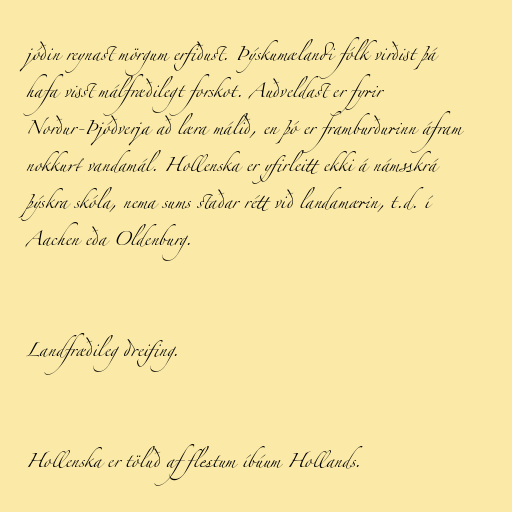
jóðin reynast mörgum erfiðust. Þýskumælandi fólk virðist þá
hafa visst málfræðilegt forskot. Auðveldast er fyrir
Norður-Þjóðverja að læra málið, en þó er framburðurinn áfram
nokkurt vandamál. Hollenska er yfirleitt ekki á námsskrá
þýskra skóla, nema sums staðar rétt við landamærin, t.d. í
Aachen eða Oldenburg.

Landfræðileg dreifing.

Hollenska er töluð af flestum íbúum Hollands.